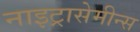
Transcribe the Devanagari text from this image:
नाइट्रासेमीन्स